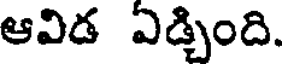
ఆవిడ ఏడ్చింది.